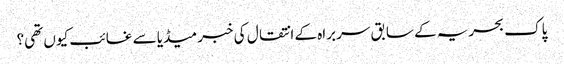
پاک بحریہ کے سابق سربراہ کے انتقال کی خبر میڈیا سے غائب کیوں تھی؟